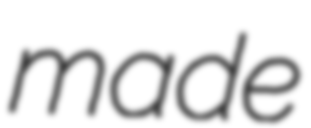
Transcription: made